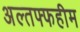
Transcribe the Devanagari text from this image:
अल्तफ्फहीम